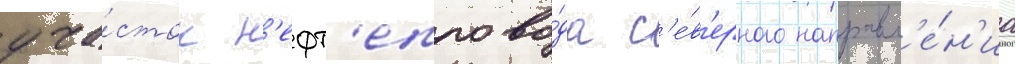
уча́сток н'ефт'епрово́да с'е́в'ерного направл'е́н'иа